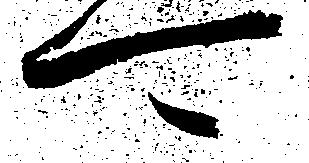
可